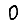
Digit: 0